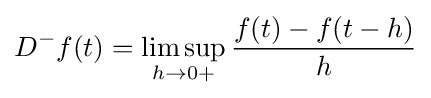
D^{-}f(t)=\limsup _{h\to {0+}}{\frac {f(t)-f(t-h)}{h}}